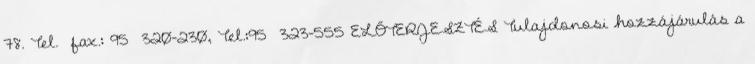
78. Tel. fax.: 95 320-230, Tel.:95 323-555 ELŐTERJESZTÉS Tulajdonosi hozzájárulás a